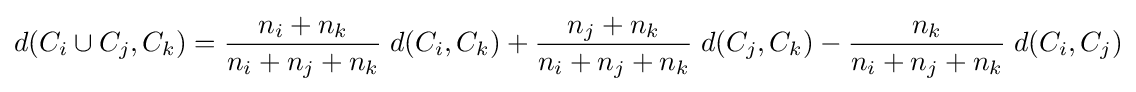
d(C_{i}\cup C_{j},C_{k})={\frac {n_{i}+n_{k}}{n_{i}+n_{j}+n_{k}}}\;d(C_{i},C_{k})+{\frac {n_{j}+n_{k}}{n_{i}+n_{j}+n_{k}}}\;d(C_{j},C_{k})-{\frac {n_{k}}{n_{i}+n_{j}+n_{k}}}\;d(C_{i},C_{j})